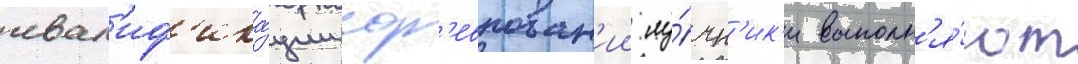
квал'иф'ика́ции сор'евнован'ии лу́чн'ик'и выполн'я́ют